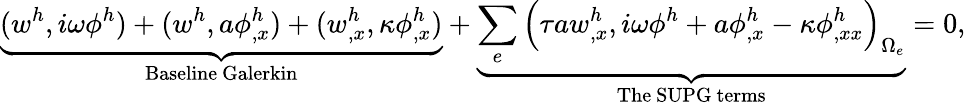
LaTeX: \underbrace{(w^{h},i\omega\phi^{h})+(w^{h},a\phi_{,x}^{h})+(w_{,x}^{h},\kappa\phi_{,x}^{h})}_{\mathrm{Baseline~Galerkin}}+\underbrace{\sum_{e}\Big(\tau aw_{,x}^{h},i\omega\phi^{h}+a\phi_{,x}^{h}-\kappa\phi_{,xx}^{h}\Big)_{\Omega_{e}}}_{\mathrm{The~SUPG~terms}}=0,